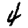
Digit: 4